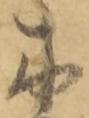
木